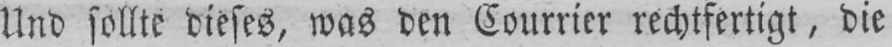
Und sollte dieses, was den Courrier rechtfertigt, die